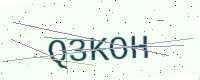
Text: Q3KOH